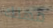
مهلك